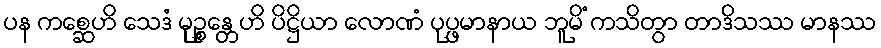
ပန ကစ္ဆေဟိ သေဒံ မုဉ္စန္တေဟိ ပိဋ္ဌိယာ လောဏံ ပုပ္ဖမာနာယ ဘူမိံ ကသိတွာ တာဒိသဿ မာနဿ